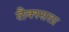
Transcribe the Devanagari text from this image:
लैक्स्सला